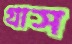
গ্রাস